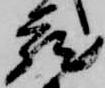
蔵